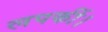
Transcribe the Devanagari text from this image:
लपकीं।